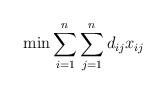
LaTeX: \begin{align*}\min \sum_{i=1}^n\sum_{j=1}^n d_{ij}x_{ij}\end{align*}